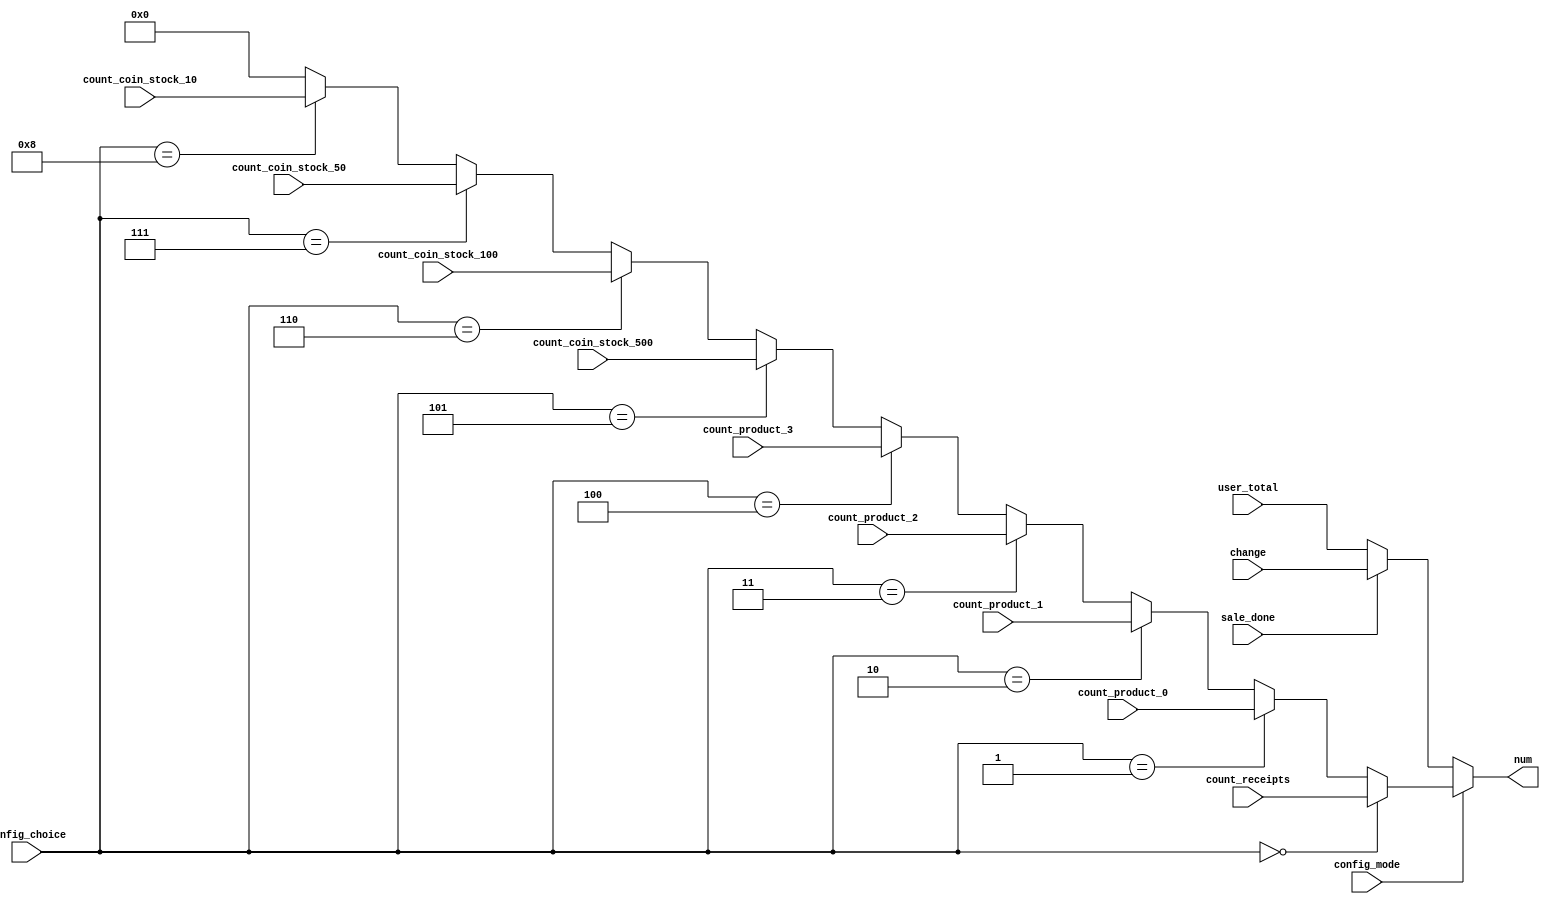
`timescale 1ns / 1ps
///////////////////////////////////////////////////////////////////////////////


module display_data(
    input config_mode,
    input sale_done,
    input [3:0] config_choice,
    input [13:0] count_receipts,
    input [13:0] count_product_0,
    input [13:0] count_product_1,
    input [13:0] count_product_2,
    input [13:0] count_product_3,
    input [13:0] count_coin_stock_500,
    input [13:0] count_coin_stock_100,
    input [13:0] count_coin_stock_50,
    input [13:0] count_coin_stock_10,
    input [13:0] user_total,
    input [13:0] change,
    output [13:0] num
    );
    
    assign num = config_mode ? ((config_choice==0 ? (count_receipts)
                              : (config_choice==1) ? (count_product_0)
                              : (config_choice==2) ? (count_product_1)
                              : (config_choice==3) ? (count_product_2)
                              : (config_choice==4) ? (count_product_3)
                              : (config_choice==5) ? (count_coin_stock_500)
                              : (config_choice==6) ? (count_coin_stock_100)
                              : (config_choice==7) ? (count_coin_stock_50)
                              : (config_choice==8) ? (count_coin_stock_10)
                              : (0)))
                             : (sale_done ? (change)
                                          : (user_total));
endmodule